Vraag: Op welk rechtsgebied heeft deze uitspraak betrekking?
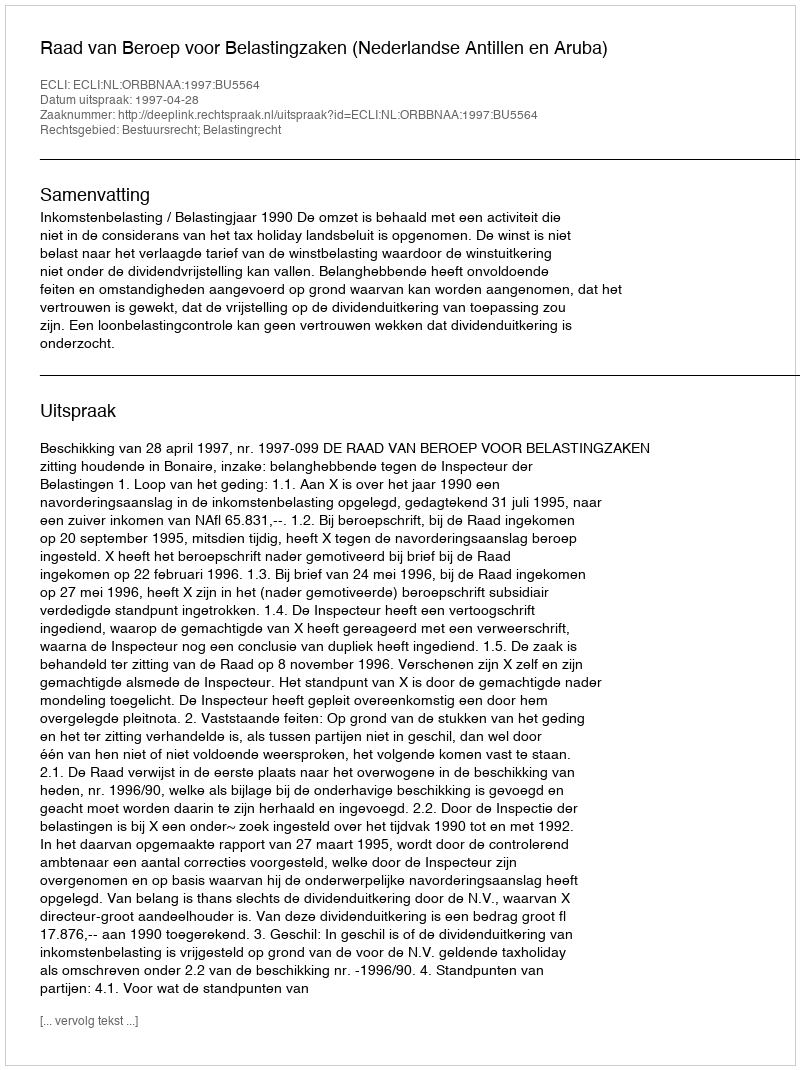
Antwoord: Bestuursrecht; Belastingrecht